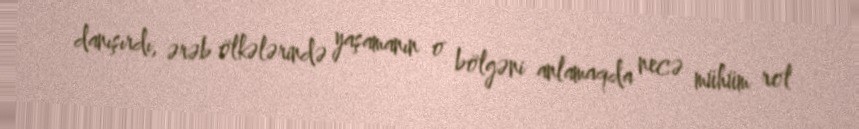
danışırdı, ərəb ölkələrində yaşamanın o bölgəni anlamaqda necə mühüm rol